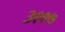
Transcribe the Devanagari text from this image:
३९९७